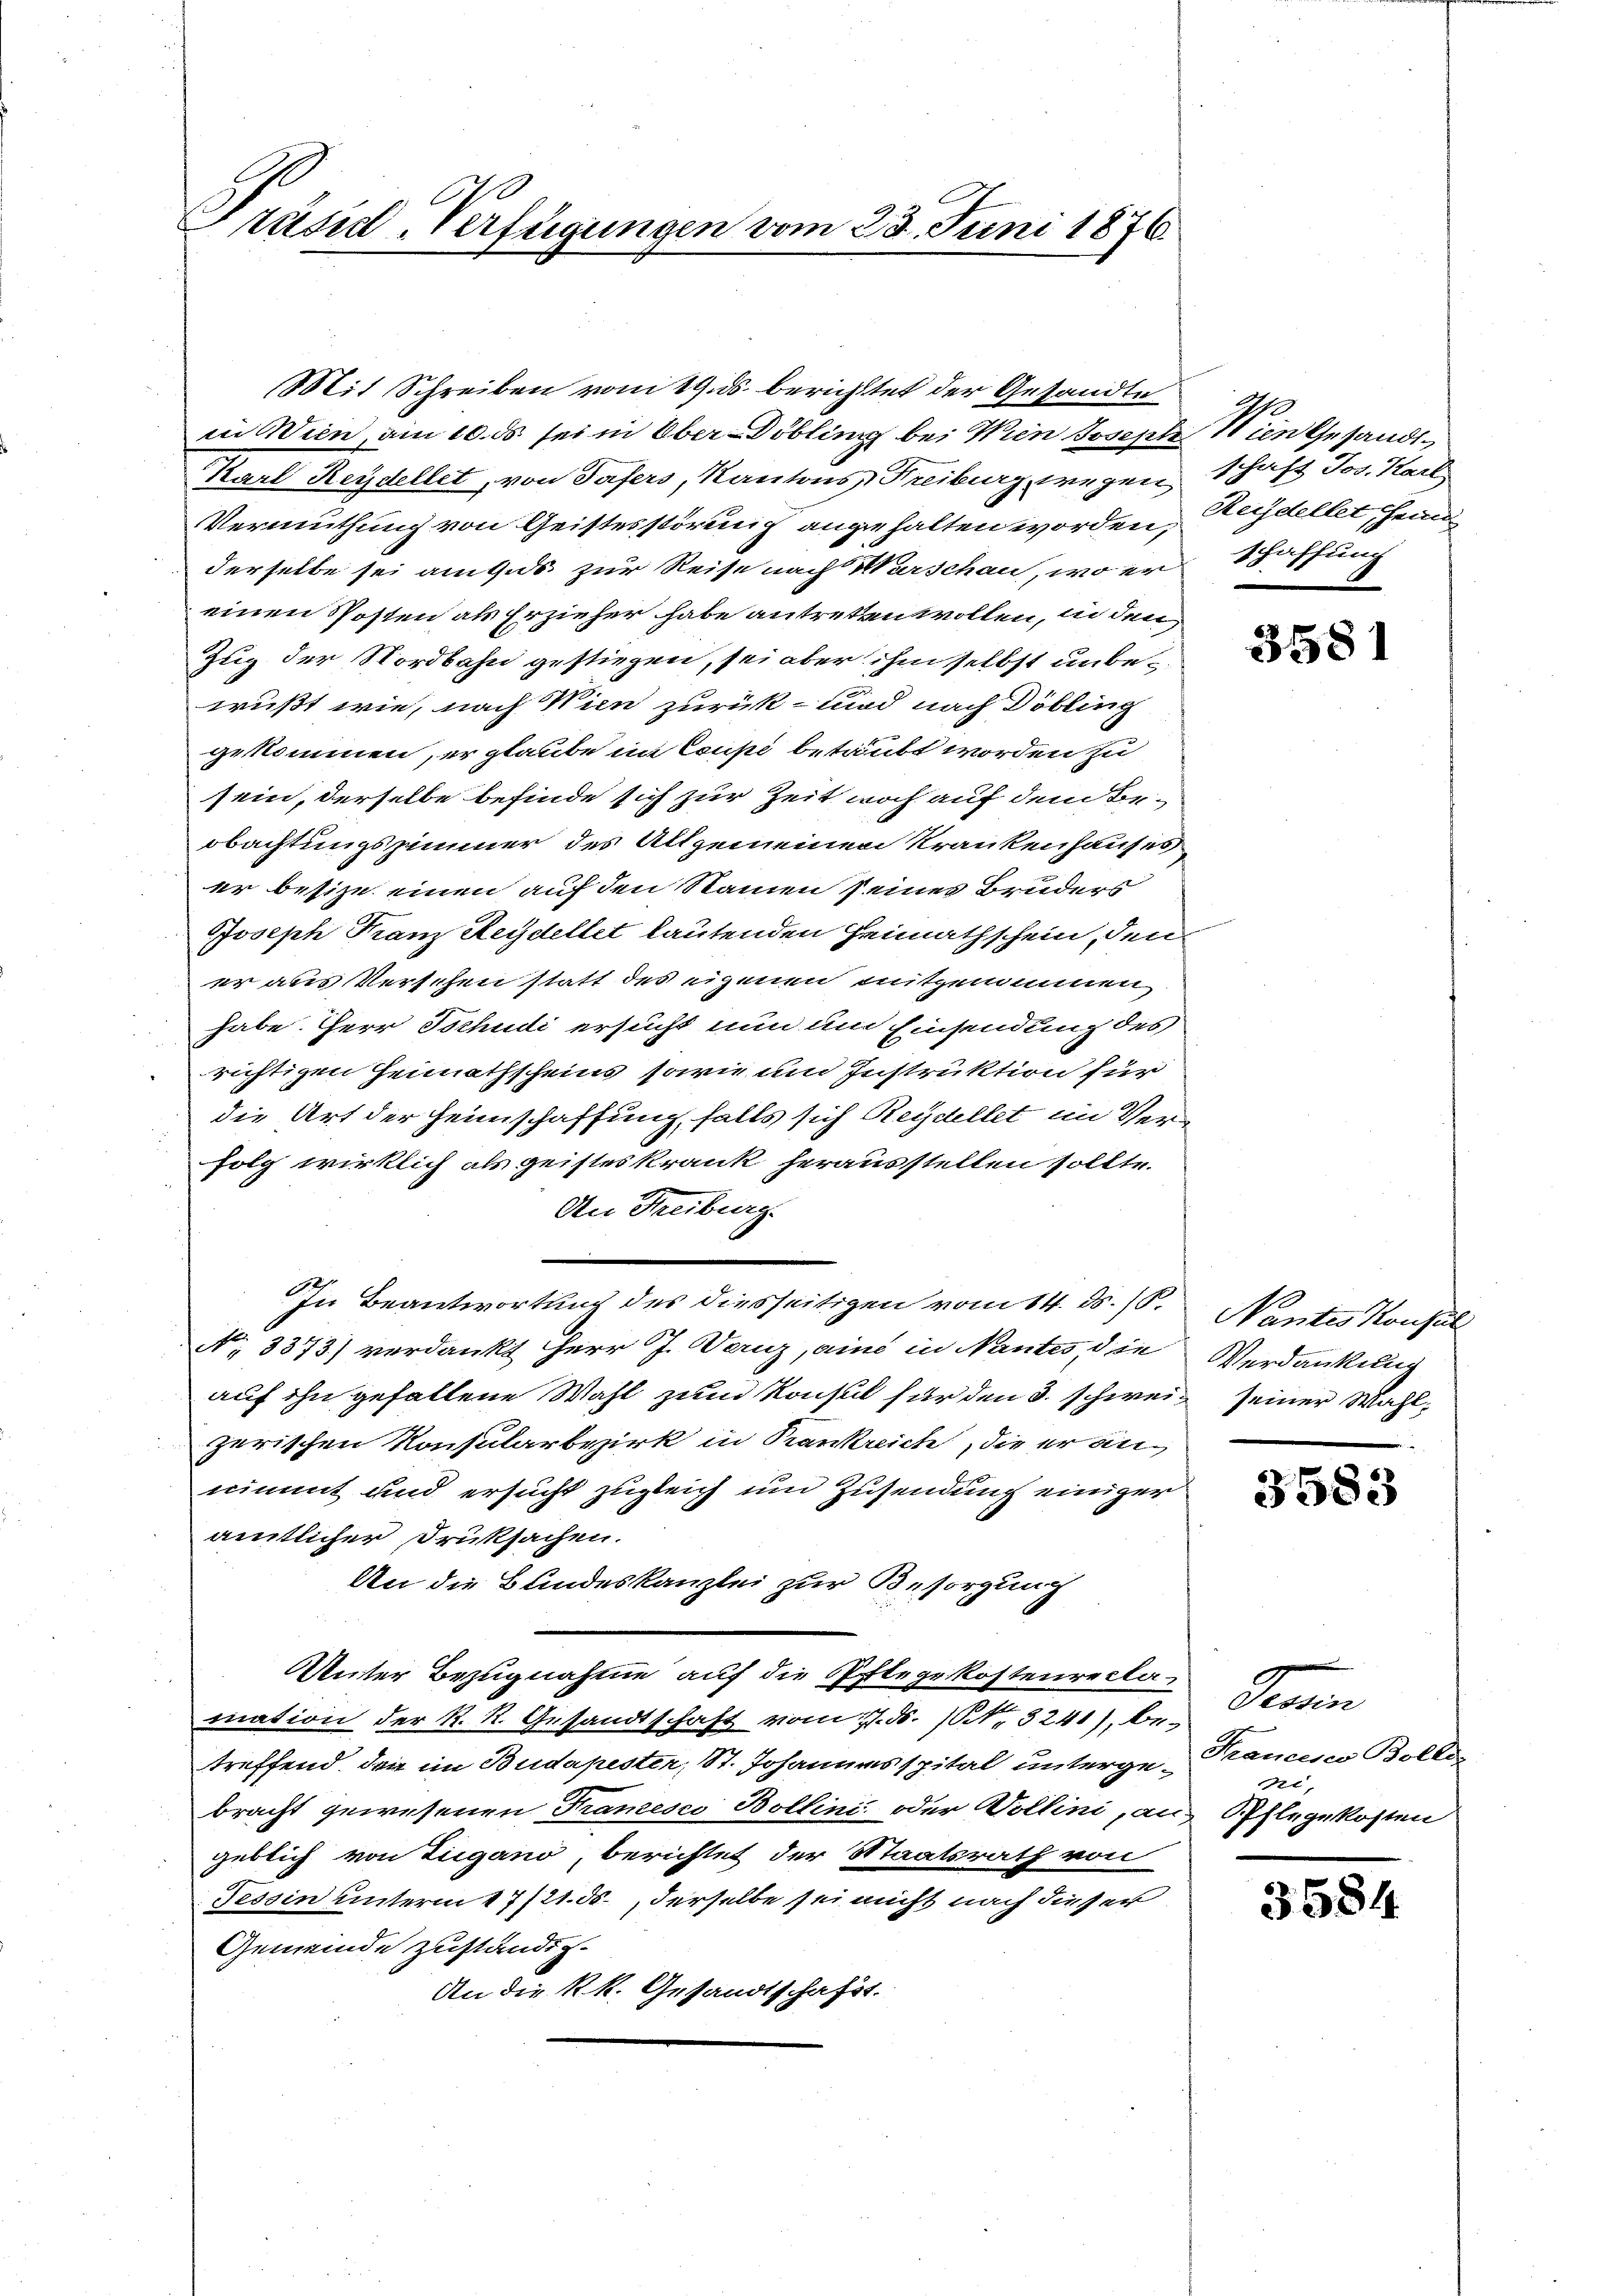
Präsid Verfügungen vom 23. Juni 1876

Karl Reydellet, von Tafers, Kantons Freiburg, wegen schaft Jos. Karl
Vermuthung von Geistesstörung angehalten worden, Heydellet heim
derselbe sei am Guds zur Reise nach Warschau, wo er schaffung
einen Posten als Erzieher habe antreten wollen, in den
Zug der Nordbahn gestiegen, sei aber ihm selbst unbewußt wie, nach Wien zurück- und nach Döbling
gekommen, er glaube im Coupi betäubt worden zu
sein, derselbe befinde sich zur Zeit noch auf dem Beobachtungszimmer des Allgemeinen Krankenhauses
er besize einen auf den Namen seines Bruders
Joseph Franz Reydellet lautenden Heimathschein, den
er aus Verschen statt des eigenen mitgenommen
habe. Herr Tschudi ersucht nun um Einsendung des
richtigen Heimathscheins, sowie um Instruktion für
die Art der Heimschaffung, falls sich Reydellet im Verfolg wirklich als geisteskrank herausstellen sollte.
An Freiburg.
In Beantwortung des diesseitigen vom 14. ds. 18.
No 3373) verdankt Herr J. Danz, ains in Nantes, die Verdankung
auf ihn gefallene Wahl zum Konsul für den 3. schweiz seiner Wahlzerischen Konsularbezirk in Krankreich, die er annimmt und ersucht zugleich und Zusendung einiger
amtlicher Druksachen.
An die Bundeskanzlei zur Besorgung
Unter Bezugnahme auf die Pflegekostenreclamation der K. K. Gesandtschaft vom 17. d. 1. 3241), betreffend, den im Budapester, St. Johannesspital untergebracht gewesenen Tramesco Bollini oder Wollini, an Pflegekosten
geblich von Lugano, berichtet der Staatsrath von
Tessin unterm 17/21. ds., derselbe sei nicht nach dieser
Gemeinde zuständig
An die k.k. Gesandtschaft.

Mit Schreiben vom 19. ds. berichtet der Gesandte
in Wien, am 10. ds sei in Ober-Döbling bei Wien Joseph Wien Gesandt¬

.

358

Nantes Konsul

3583

Semin
Francino Boller
ni,

3584.